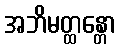
အဘိမတ္ထန္တော